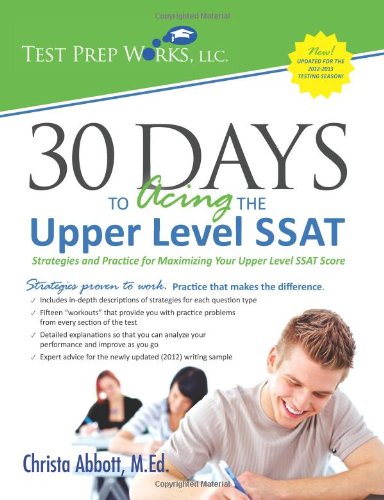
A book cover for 30 Days to Acing the Upper Level SSAT: Strategies and Practice for Maximizing Your Upper Level SSAT Score; Christa B. Abbott M.Ed.; Test Preparation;